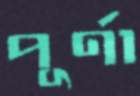
পূর্ণা